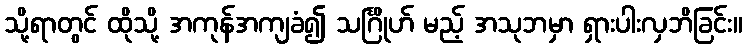
သို့ရာတွင် ထိုသို့ အကုန်အကျခံ၍ သင်္ဂြိုဟ် မည့် အသုဘမှာ ရှားပါးလှဘိခြင်း။